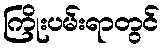
ကြိုးပမ်းရာတွင်